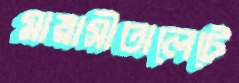
মায়াসীতালেটে